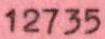
12735